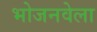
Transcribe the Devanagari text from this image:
भोजनवेला